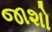
જાશો